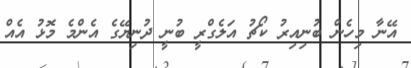
އޭނާ މިހެން ބުނިއިރު ކޯޗު އަލެގްރީ ބުނީ ދުނިޔޭގެ އެންމެ މޮޅު އެއް